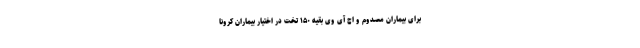
برای بیماران مصدوم و اچ آی وی بقیه ۱۵۰ تخت در اختیار بیماران کرونا